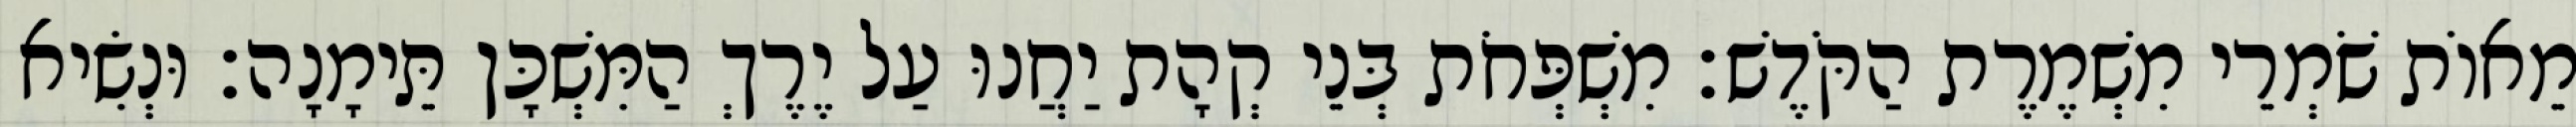
מֵאוֹת שֹׁמְרֵי מִשְׁמֶרֶת הַקֹּדֶשׁ׃ מִשְׁפְּחֹת בְּנֵי קְהָת יַחֲנוּ עַל יֶרֶךְ הַמִּשְׁכָּן תֵּימָנָה׃ וּנְשִׂיא